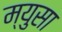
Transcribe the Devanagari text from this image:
म्युसा